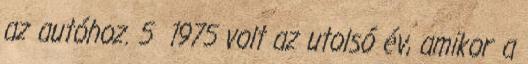
az autóhoz. 5 1975 volt az utolsó év, amikor a